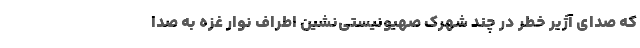
که صدای آژیر خطر در چند شهرک‌ صهیونیستی‌نشین اطراف نوار غزه به صدا